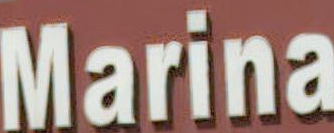
Marina